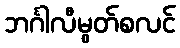
ဘင်္ဂါလီမွတ်စလင်